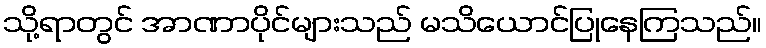
သို့ရာတွင် အာဏာပိုင်များသည် မသိယောင်ပြုနေကြသည်။